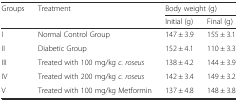
<table><thead><tr><td rowspan="2"><b>Groups</b></td><td rowspan="2"><b>Treatment</b></td><td colspan="2"><b>Body weight (g)</b></td></tr><tr><td><b>Initial (g)</b></td><td><b>Final (g)</b></td></tr></thead><tbody><tr><td>I</td><td>Normal Control Group</td><td>147 ± 3.9</td><td>155 ± 3.1</td></tr><tr><td>II</td><td>Diabetic Group</td><td>152 ± 4.1</td><td>110 ± 3.3</td></tr><tr><td>III</td><td>Treated with 100 mg/kg <i>c. roseus</i></td><td>138 ± 4.2</td><td>144 ± 3.9</td></tr><tr><td>IV</td><td>Treated with 200 mg/kg <i>c. roseus</i></td><td>142 ± 3.4</td><td>149 ± 3.2</td></tr><tr><td>V</td><td>Treated with 100 mg/kg Metformin</td><td>137 ± 4.8</td><td>148 ± 3.8</td></tr></tbody></table>